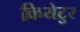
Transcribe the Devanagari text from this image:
क्रियेटुर